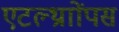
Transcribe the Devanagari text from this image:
एटल्थ्रााोंपस